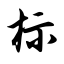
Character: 标